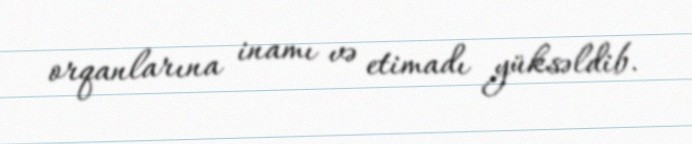
orqanlarına inamı və etimadı yüksəldib.